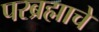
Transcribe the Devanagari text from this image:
परब्रह्माचे